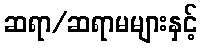
ဆရာ/ဆရာမများနှင့်